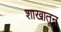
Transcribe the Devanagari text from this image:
शाखातून